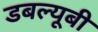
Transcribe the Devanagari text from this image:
डबल्यूबी